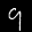
Label: 9